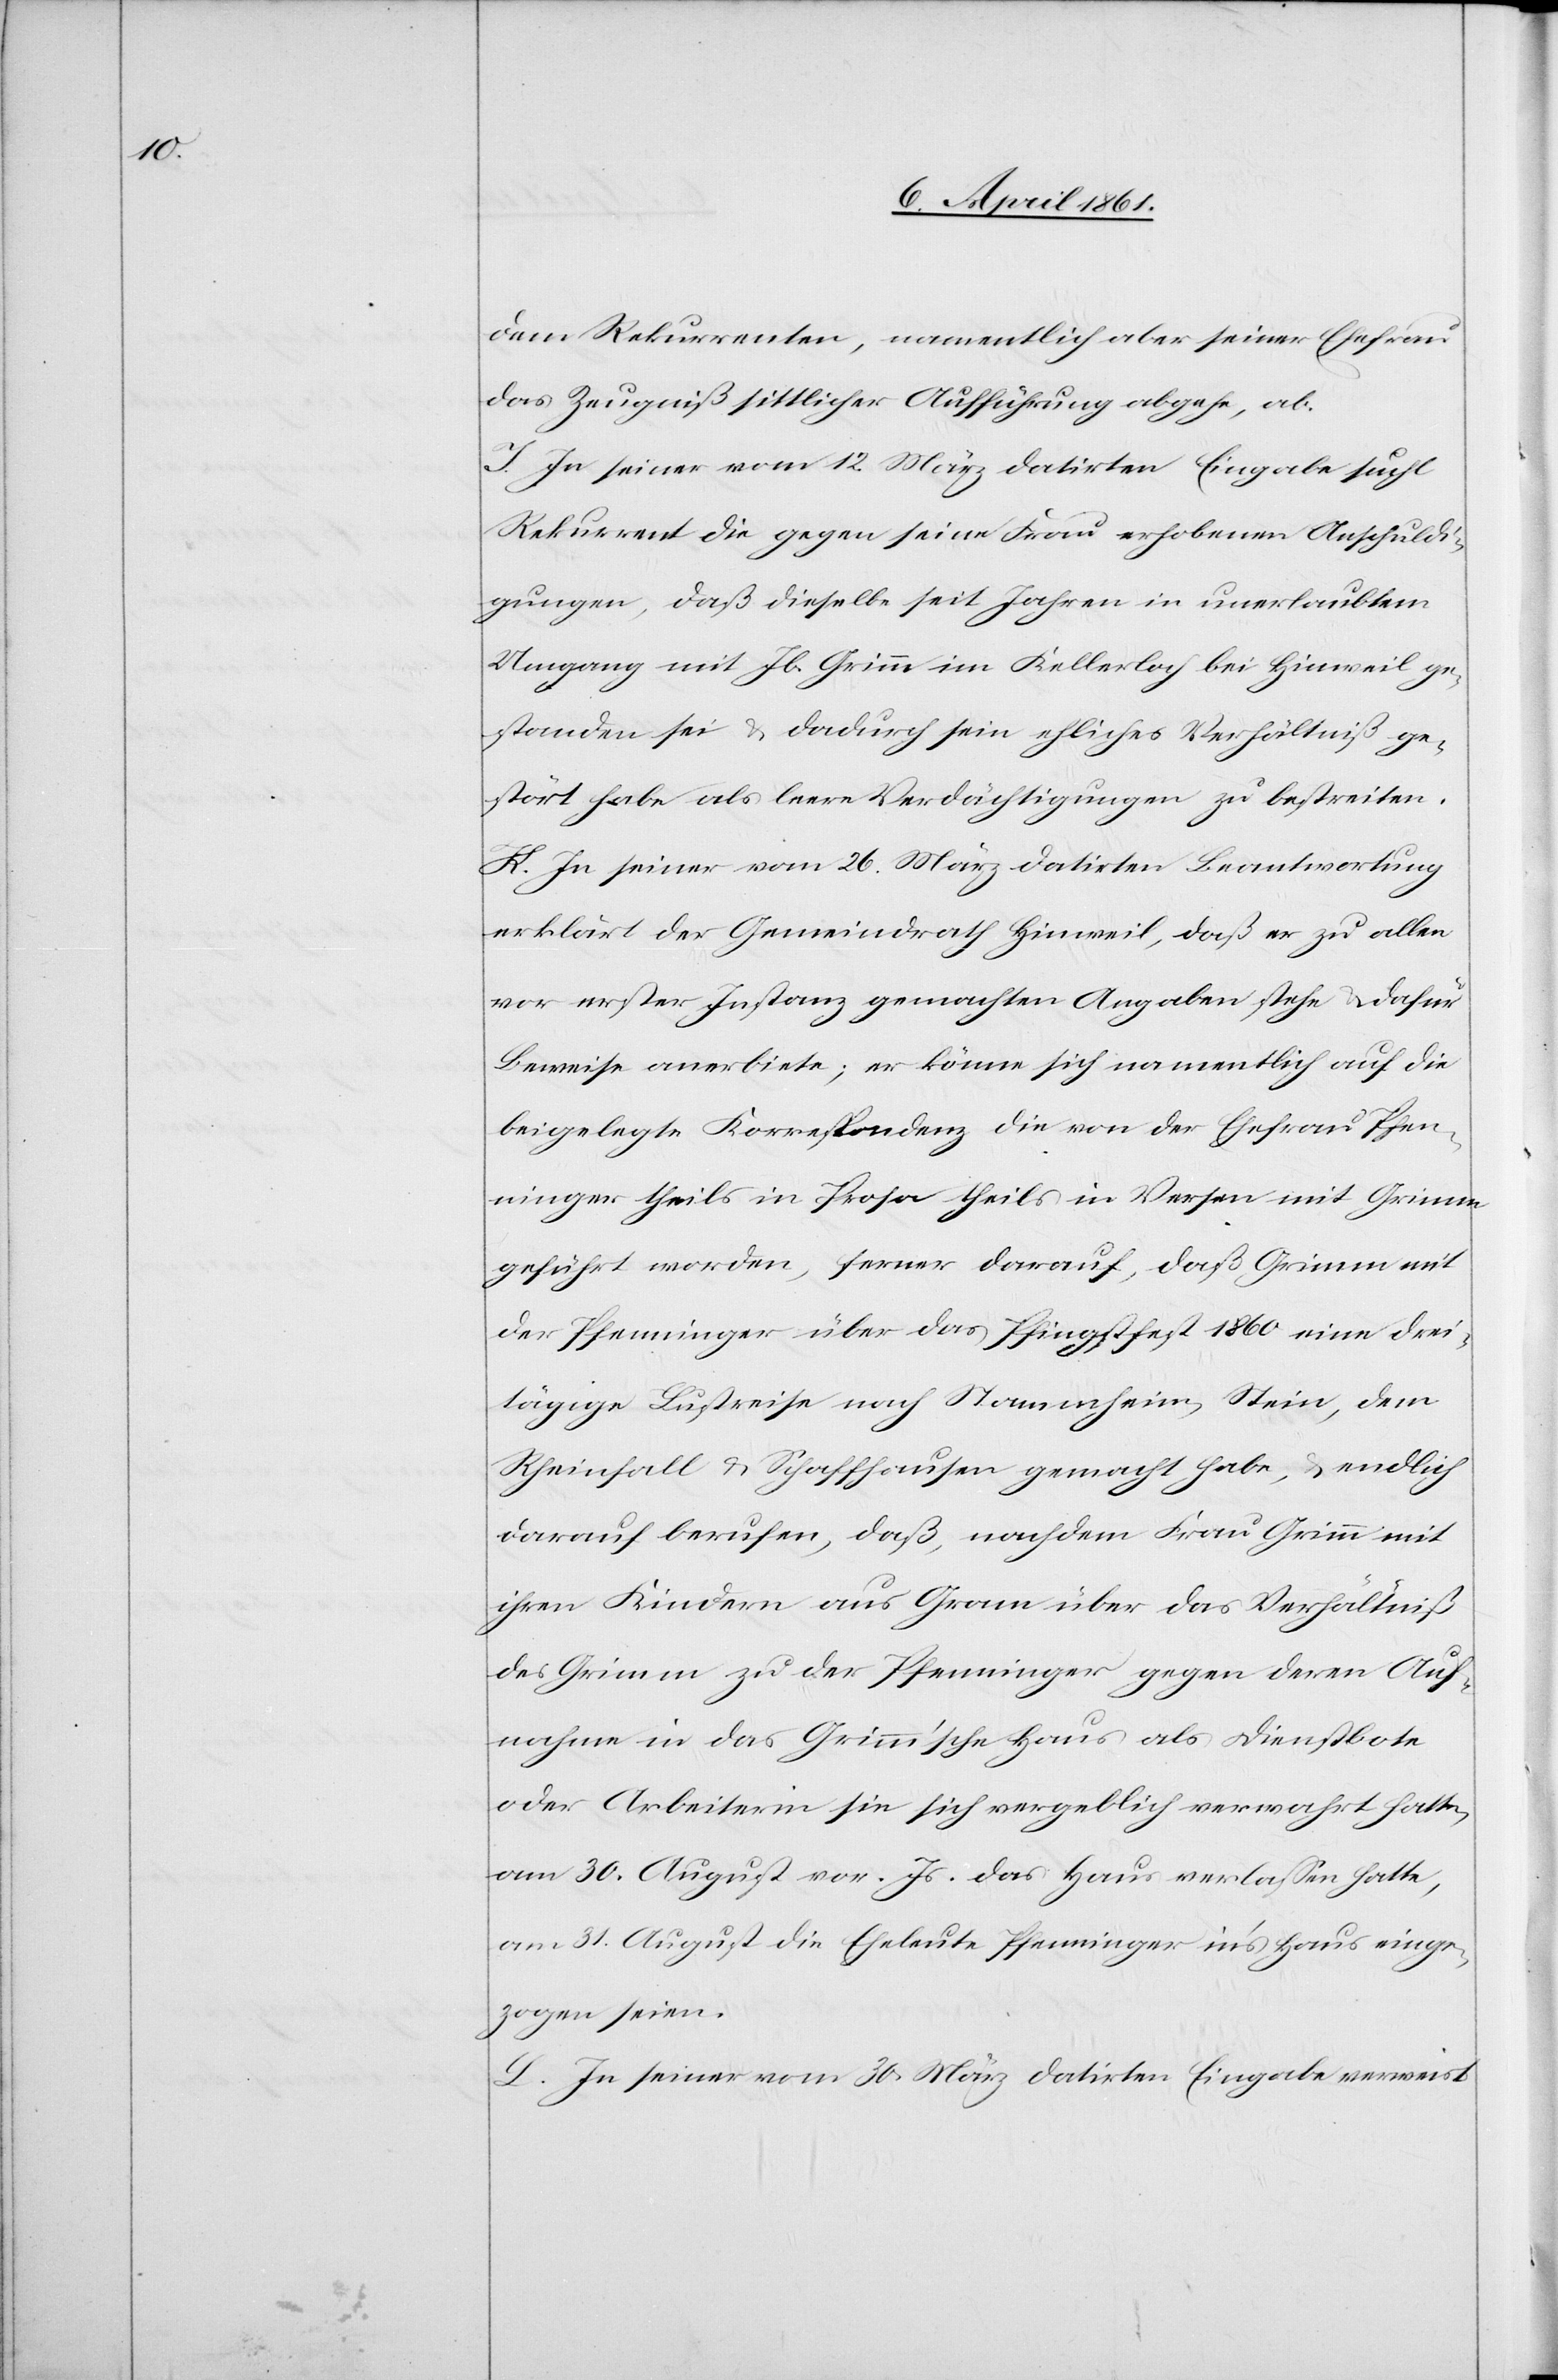
dem Rekurrenten, namentlich aber seiner Ehefrau
das Zeugniß sittlicher Aufführung abgehe, ab.
I. In seiner vom 12. März datirten Eingabe sucht
Rekurrent die gegen seine Frau erhobenen Anschuldi¬
gungen, daß dieselbe seit Jahren in unerlaubtem
Umgang mit Jb. Grimm im Kellerloch bei Hinweil ge¬
standen sei u. dadurch sein ehliches Verhältniß ge¬
stört habe als leere Verdächtigungen zu bestreiten.
K. In seiner vom 26. März datirten Beantwortung
erklärt der Gemeindrath Hinweil, daß er zu allen
vor erster Instanz gemachten Angaben stehe u. dafür
Beweise anerbiete; er könne sich namentlich auf die
beigelegte Korrespondenz die von der Ehefrau Pfen¬
ninger theils in Prosa theils in Versen mit Grimm
geführt worden, ferner darauf, daß Grimm mit
der Pfenninger über das Pfingstfest 1860 eine drei¬
tägige Lustreise nach Stammheim, Stein, dem
Rheinfall u. Schaffhausen gemacht habe, u. endlich
darauf berufen, daß, nachdem Frau Grimm mit
ihren Kindern aus Gram über das Verhältniß
des Grimm zu der Pfenninger gegen deren Auf¬
nahme in das Grimm’sche Haus als Dienstbote
oder Arbeiterin sie sich vergeblich verwahrt hatte,
am 30. August vor. Js. das Haus verlassen hatte,
am 31. August die Eheleute Pfenninger in’s Haus einge¬
zogen seien.
L. In seiner vom 30. März datirten Eingabe verweist